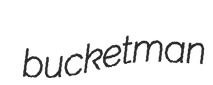
bucketman